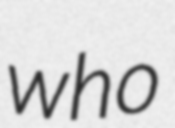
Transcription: who